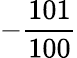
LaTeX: -\frac{101}{100}